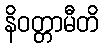
နိဝတ္တာမီတိ